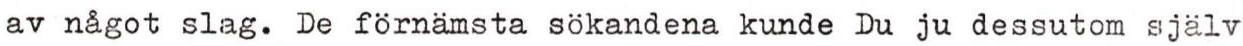
av något slag. De förnämsta sökandena kunde Du ju dessutom själv